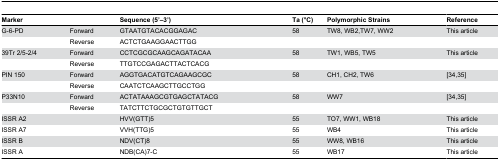
| Marker |  | Sequence (5’–3’) | Ta (°C) | Polymorphic Strains | Reference |
 | --- | --- | --- | --- | --- | --- |
 | G-6-PD | Forward | GTAATGTACACGGAGAC | 58 | TW8, WB2,TW7, WW2 | This article |
 |  | Reverse | ACTCTGAAGGAACTTGG |  |  |  |
 | 39Tr 2/5-2/4 | Forward | CCTCGCGCAAGCAGATACAA | 58 | TW1, WB5, TW5 | This article |
 |  | Reverse | TTGTCCGAGACTTACTCACG |  |  |  |
 | PIN 150 | Forward | AGGTGACATGTCAGAAGCGC | 58 | CH1, CH2, TW6 | [34,35] |
 |  | Reverse | CAATCTCAAGCTTGCCTGG |  |  |  |
 | P33N10 | Forward | ACTATAAAGCGTGAGCTATACG | 58 | WW7 | [34,35] |
 |  | Reverse | TATCTTCTGCGCTGTGTTGCT |  |  |  |
 | ISSR A2 |  | HVV(GTT)5 | 55 | TO7, WW1, WB18 | This article |
 | ISSR A7 |  | VVH(TTG)5 | 55 | WB4 | This article |
 | ISSR B |  | NDV(CT)8 | 55 | WW8, WB16 | This article |
 | ISSR A |  | NDB(CA)7-C | 55 | WB17 | This article |